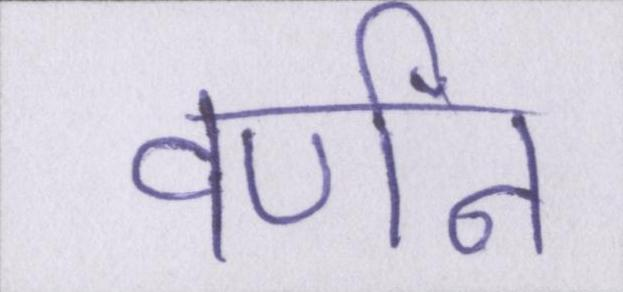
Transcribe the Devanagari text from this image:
वर्णन